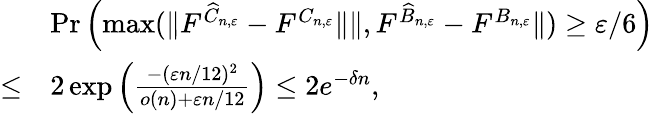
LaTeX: \begin{array}{rl}&{\operatorname*{Pr}\left(\operatorname*{max}(\| F^{\widehat C_{n,\varepsilon}}-F^{C_{n,\varepsilon}}\| \| ,F^{\widehat B_{n,\varepsilon}}-F^{B_{n,\varepsilon}}\| )\ge\varepsilon/6\right)}\\ {\le}&{2\exp\left(\frac{-(\varepsilon n/12)^{2}}{o(n)+\varepsilon n/12}\right)\le 2e^{-\delta n},}\end{array}